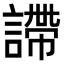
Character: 𧫚